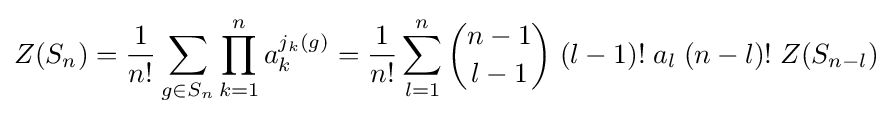
Z(S_{n})={\frac {1}{n!}}\sum _{g\in S_{n}}\prod _{k=1}^{n}a_{k}^{j_{k}(g)}={\frac {1}{n!}}\sum _{l=1}^{n}{n-1 \choose l-1}\;(l-1)!\;a_{l}\;(n-l)!\;Z(S_{n-l})